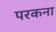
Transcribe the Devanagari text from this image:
परकना